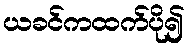
ယခင်ကထက်ပို၍